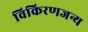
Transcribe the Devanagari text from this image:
विकिरणजन्य